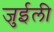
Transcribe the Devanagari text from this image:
जुईली